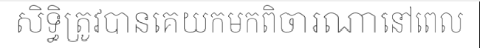
សិទ្ធិត្រូវបានគេយកមកពិចារណានៅពេល